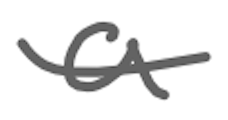
Text: a
Cross-out: single-line
Writing tool: digital_gray